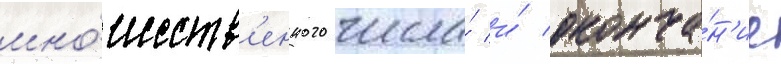
мно́жеств'енного числа́ и́ оконча́н'ие